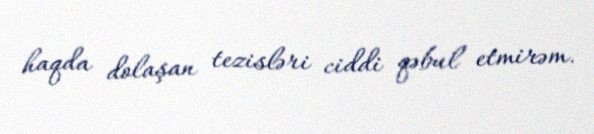
haqda dolaşan tezisləri ciddi qəbul etmirəm.